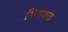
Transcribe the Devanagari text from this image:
शितफळ